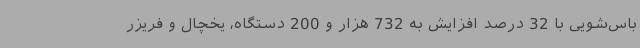
باس‌شویی با 32 درصد افزایش به 732 هزار و 200 دستگاه، یخچال و فریزر